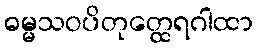
ဓမ္မသဝပိတုတ္ထေရဂါထာ